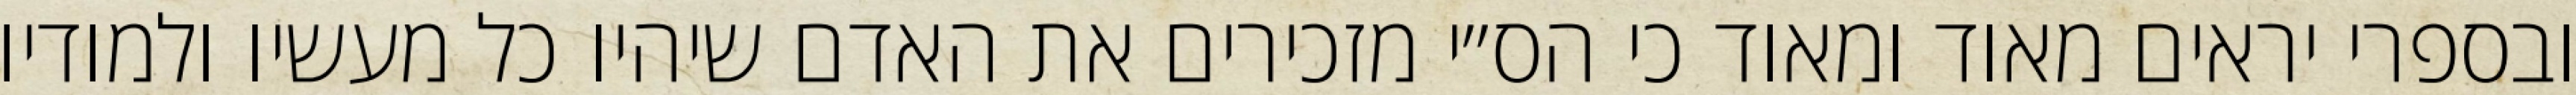
ובספרי יראים מאוד ומאוד כי הס״י מזכירים את האדם שיהיו כל מעשיו ולמודיו